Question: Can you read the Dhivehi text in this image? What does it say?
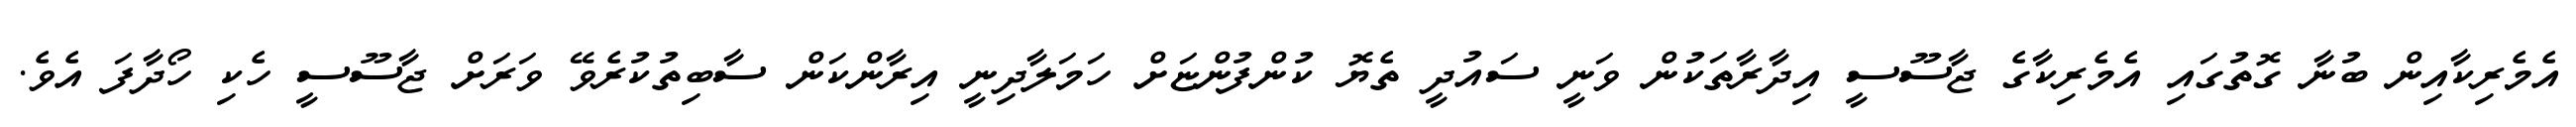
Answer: އެމެރިކާއިން ބުނާ ގޮތުގައި އެމެރިކާގެ ޖާސޫސީ އިދާރާތަކުން ވަނީ ސައުދީ ތެޔޮ ކުންފުންޏަށް ހަމަލާދިނީ އިރާންކަން ސާބިތުކުރެވޭ ވަރަށް ޖާސޫސީ ހެކި ހޯދާފަ އެވެ.